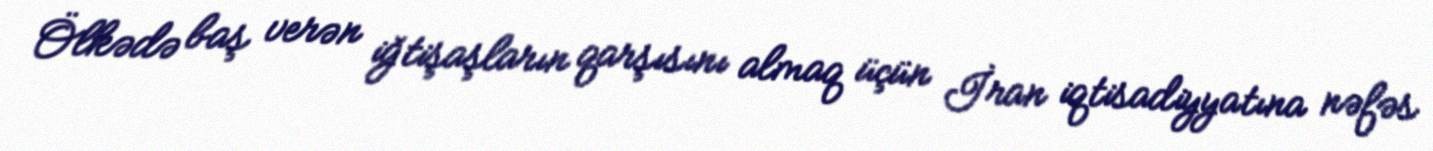
Ölkədə baş verən iğtişaşların qarşısını almaq üçün İran iqtisadiyyatına nəfəs